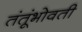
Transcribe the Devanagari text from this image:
तंतूंभोवती